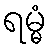
ရမ္မံ